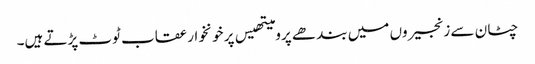
چٹان سے زنجیروں میں بند ھے پرومیتھیس پر خونخوار عقاب ٹوٹ پڑتے ہیں۔